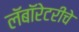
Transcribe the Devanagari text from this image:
लॅबॉरेटरीचे